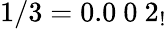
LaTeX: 1/3=0.0\ 0\ 2_{!}